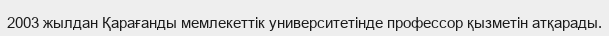
2003 жылдан Қарағанды мемлекеттік университетінде профессор қызметін атқарады.